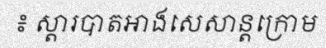
៖ ស្តារបាតអាងសេសាន្តក្រោម